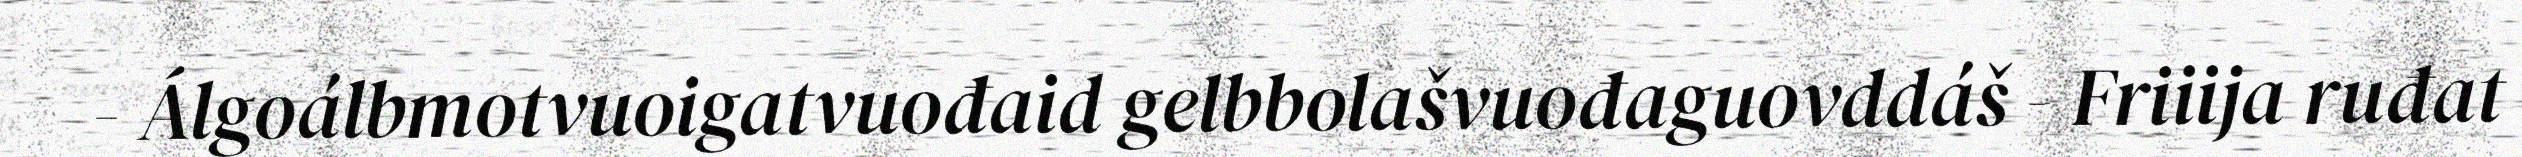
- Álgoálbmotvuoigatvuođaid gelbbolašvuođaguovddáš - Friiija ruđat